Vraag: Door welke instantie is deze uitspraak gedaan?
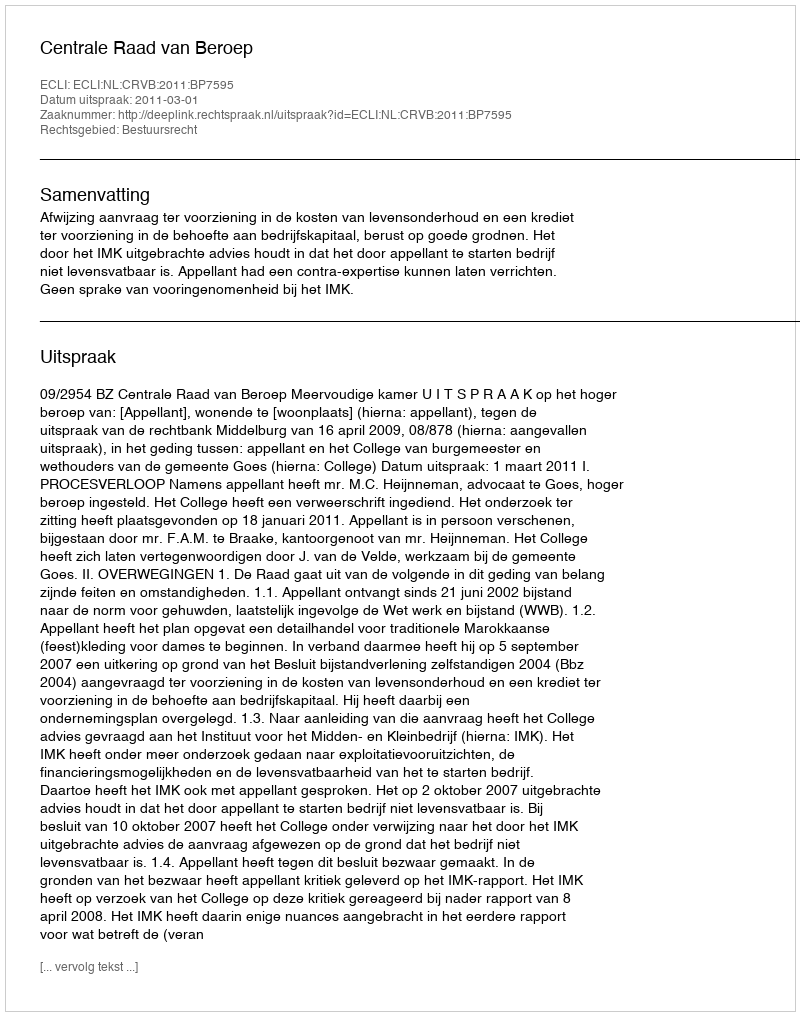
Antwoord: Centrale Raad van Beroep